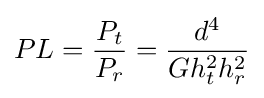
PL={\frac {P_{t}}{P_{r}}}={\frac {d^{4}}{Gh_{t}^{2}h_{r}^{2}}}